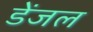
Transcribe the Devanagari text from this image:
डेंजल